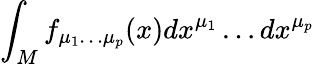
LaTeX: \int_{M}f_{\mu_{1}\dots\mu_{p}}(x)dx^{\mu_{1}}\dots dx^{\mu_{p}}